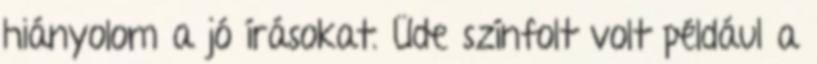
hiányolom a jó í­rásokat. Üde szí­nfolt volt például a